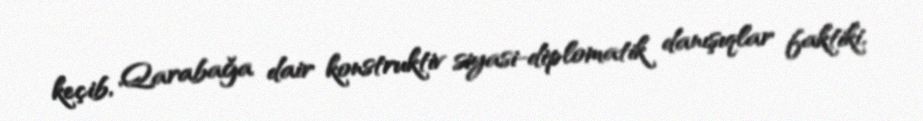
keçib, Qarabağa dair konstruktiv siyasi-diplomatik danışıqlar faktiki,